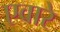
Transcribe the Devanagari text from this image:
एवारे